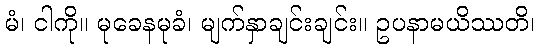
မံ၊ ငါကို။ မုခေနမုခံ၊ မျက်နှာချင်းချင်း။ ဥပနာမယိဿတိ၊